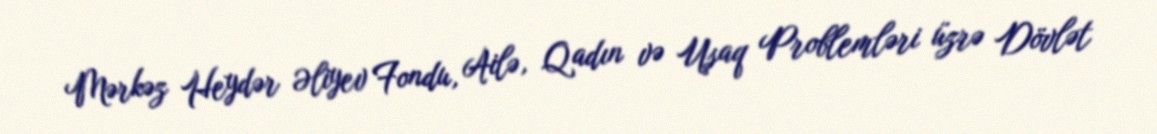
Mərkəz Heydər Əliyev Fondu, Ailə, Qadın və Uşaq Problemləri üzrə Dövlət